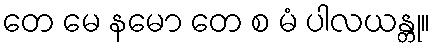
တေ မေ နမော တေ စ မံ ပါလယန္တု။